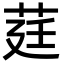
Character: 莛